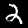
Digit: 2